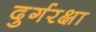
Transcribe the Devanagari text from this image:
दुर्गरक्षा